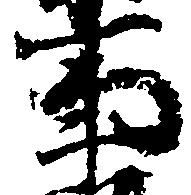
事